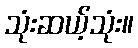
သုံးဆယ့်သုံး။